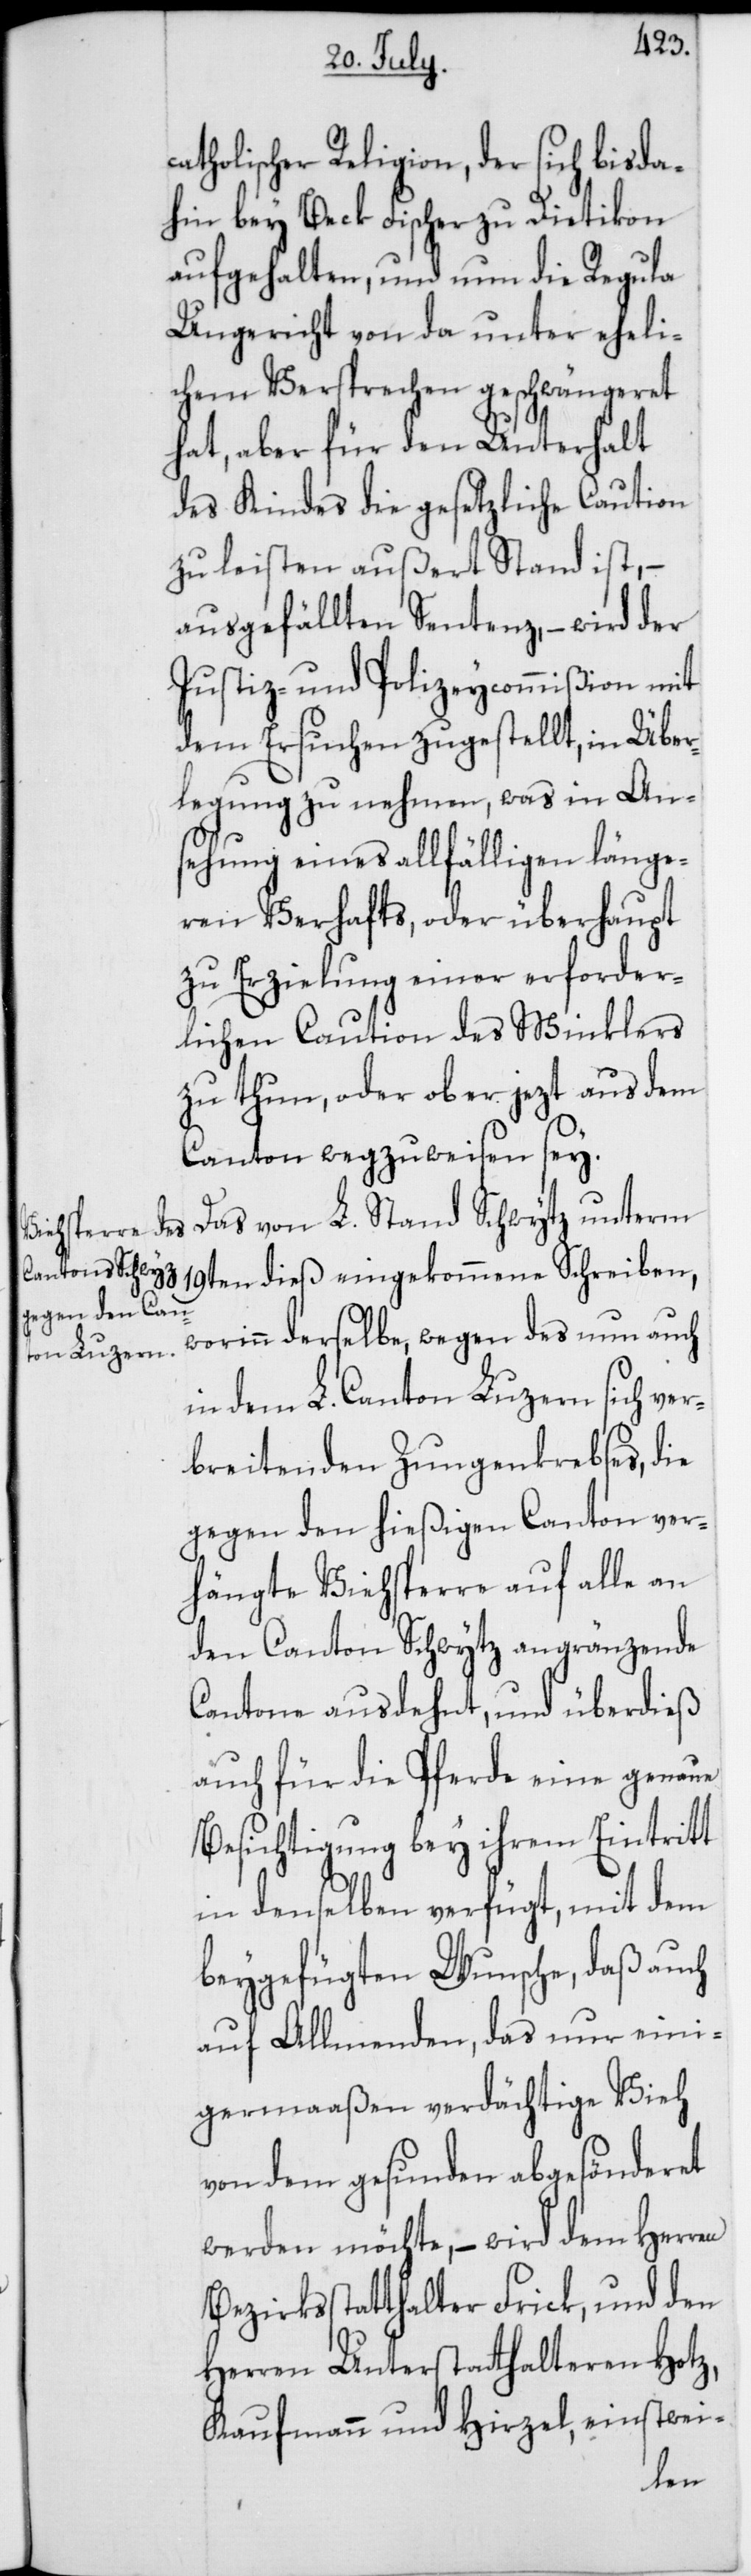
catholischer Religion, der sich bis da¬
hin bey Beck Fischer zu Dietikon
aufgehalten, und nun die Regula
Ungericht von da unter eheli¬
chem Versprechen geschwängeret
hat, aber für den Unterhalt
des Kindes die gesetzliche Caution
zu leisten außert Stand ist, –
ausgefällten Sentenz, – wird der
Justiz- und Polizeycommißion mit
dem Ersuchen zugestellt, in Über¬
legung zu nehmen, was in An¬
sehung eines allfälligen länge¬
ren Verhafts, oder überhaupt
zu Erzielung einer erforder¬
lichen Caution des Winklers
zu thun, oder ob er jezt aus dem
Canton wegzuweisen sey.
Das von L. Stand Schwytz unterm
19ten dieß eingekommene Schreiben,
worinn derselbe, wegen des nun auch
in dem L. Canton Luzern sich ver¬
breitenden Zungenkrebses, die
gegen den hießigen Canton ver¬
hängte Viehsperre auf alle an
den Canton Schwytz angränzende
Cantone ausdehnt, und überdieß
auch für die Pferde eine genaue
Besichtigung bey ihrem Eintritt
in denselben verfügt, mit dem
beygefügten Wunsche, daß auch
auf Allmenden, das nur eini¬
germaßen verdächtige Vieh
von dem gesunden abgesönderet
werden möchte, – wird dem Herren
Bezirksstatthalter Frick, und den
Herren Unterstatthalteren Hotz,
Kaufmann und Hirzel, einstwei-